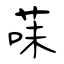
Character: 菋